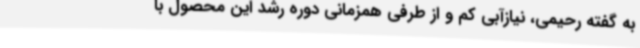
به گفته رحیمی، نیازآبی کم و از طرفی همزمانی دوره رشد این محصول با